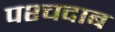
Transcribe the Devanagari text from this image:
पश्चदाब